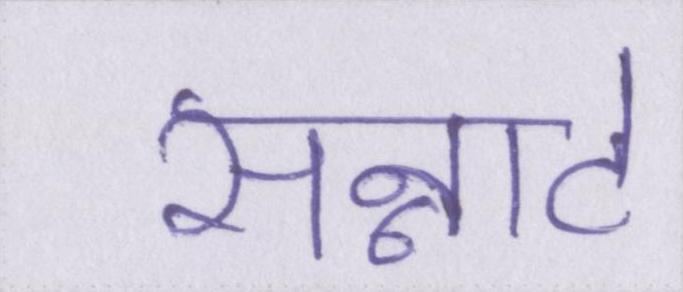
सन्नाटे